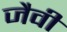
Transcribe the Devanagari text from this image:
जैवी